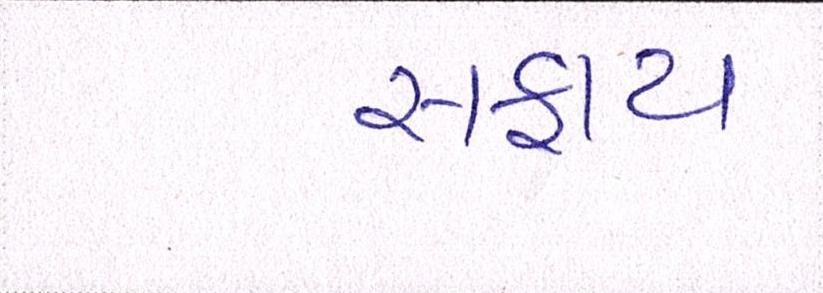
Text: સફાય